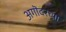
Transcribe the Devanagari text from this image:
अगॊदरच्या